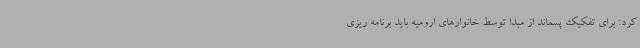
کرد: برای تفکیک پسماند از مبدا توسط خانوارهای ارومیه باید برنامه ریزی